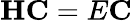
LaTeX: \mathbf{H}\mathbf{C}=E\mathbf{C}